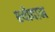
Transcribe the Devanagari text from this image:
श्योदान